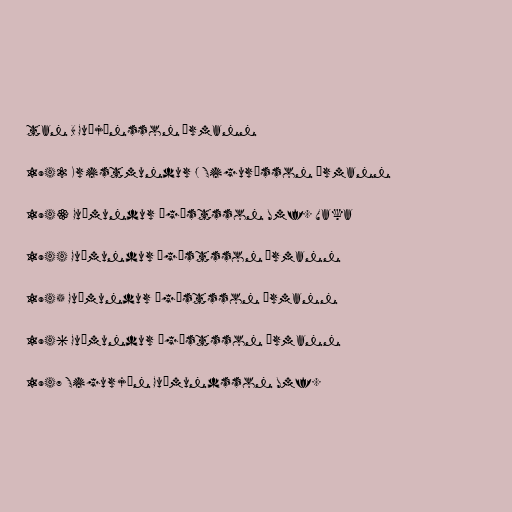
tan B Guðjónsson Ármann

1942 Kristmundur J Sigurðsson Ármann

1943 Guðmundur Ágústsson Umf. Vaka

1944 Guðmundur Ágústsson Ármann

1945 Guðmundur Ágústsson Ármann

1946 Guðmundur Ágústsson Ármann

1947 Sigurjón Guðmundsson Umf.